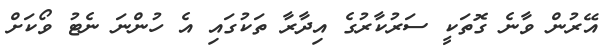
އޭރުން ވާނެ ގޮތަކީ ސަރުކާރުގެ އިދާރާ ތަކުގައި އެ ހުންނަ ނެޓު ވޯކަށް